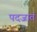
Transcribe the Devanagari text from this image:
पदजातं